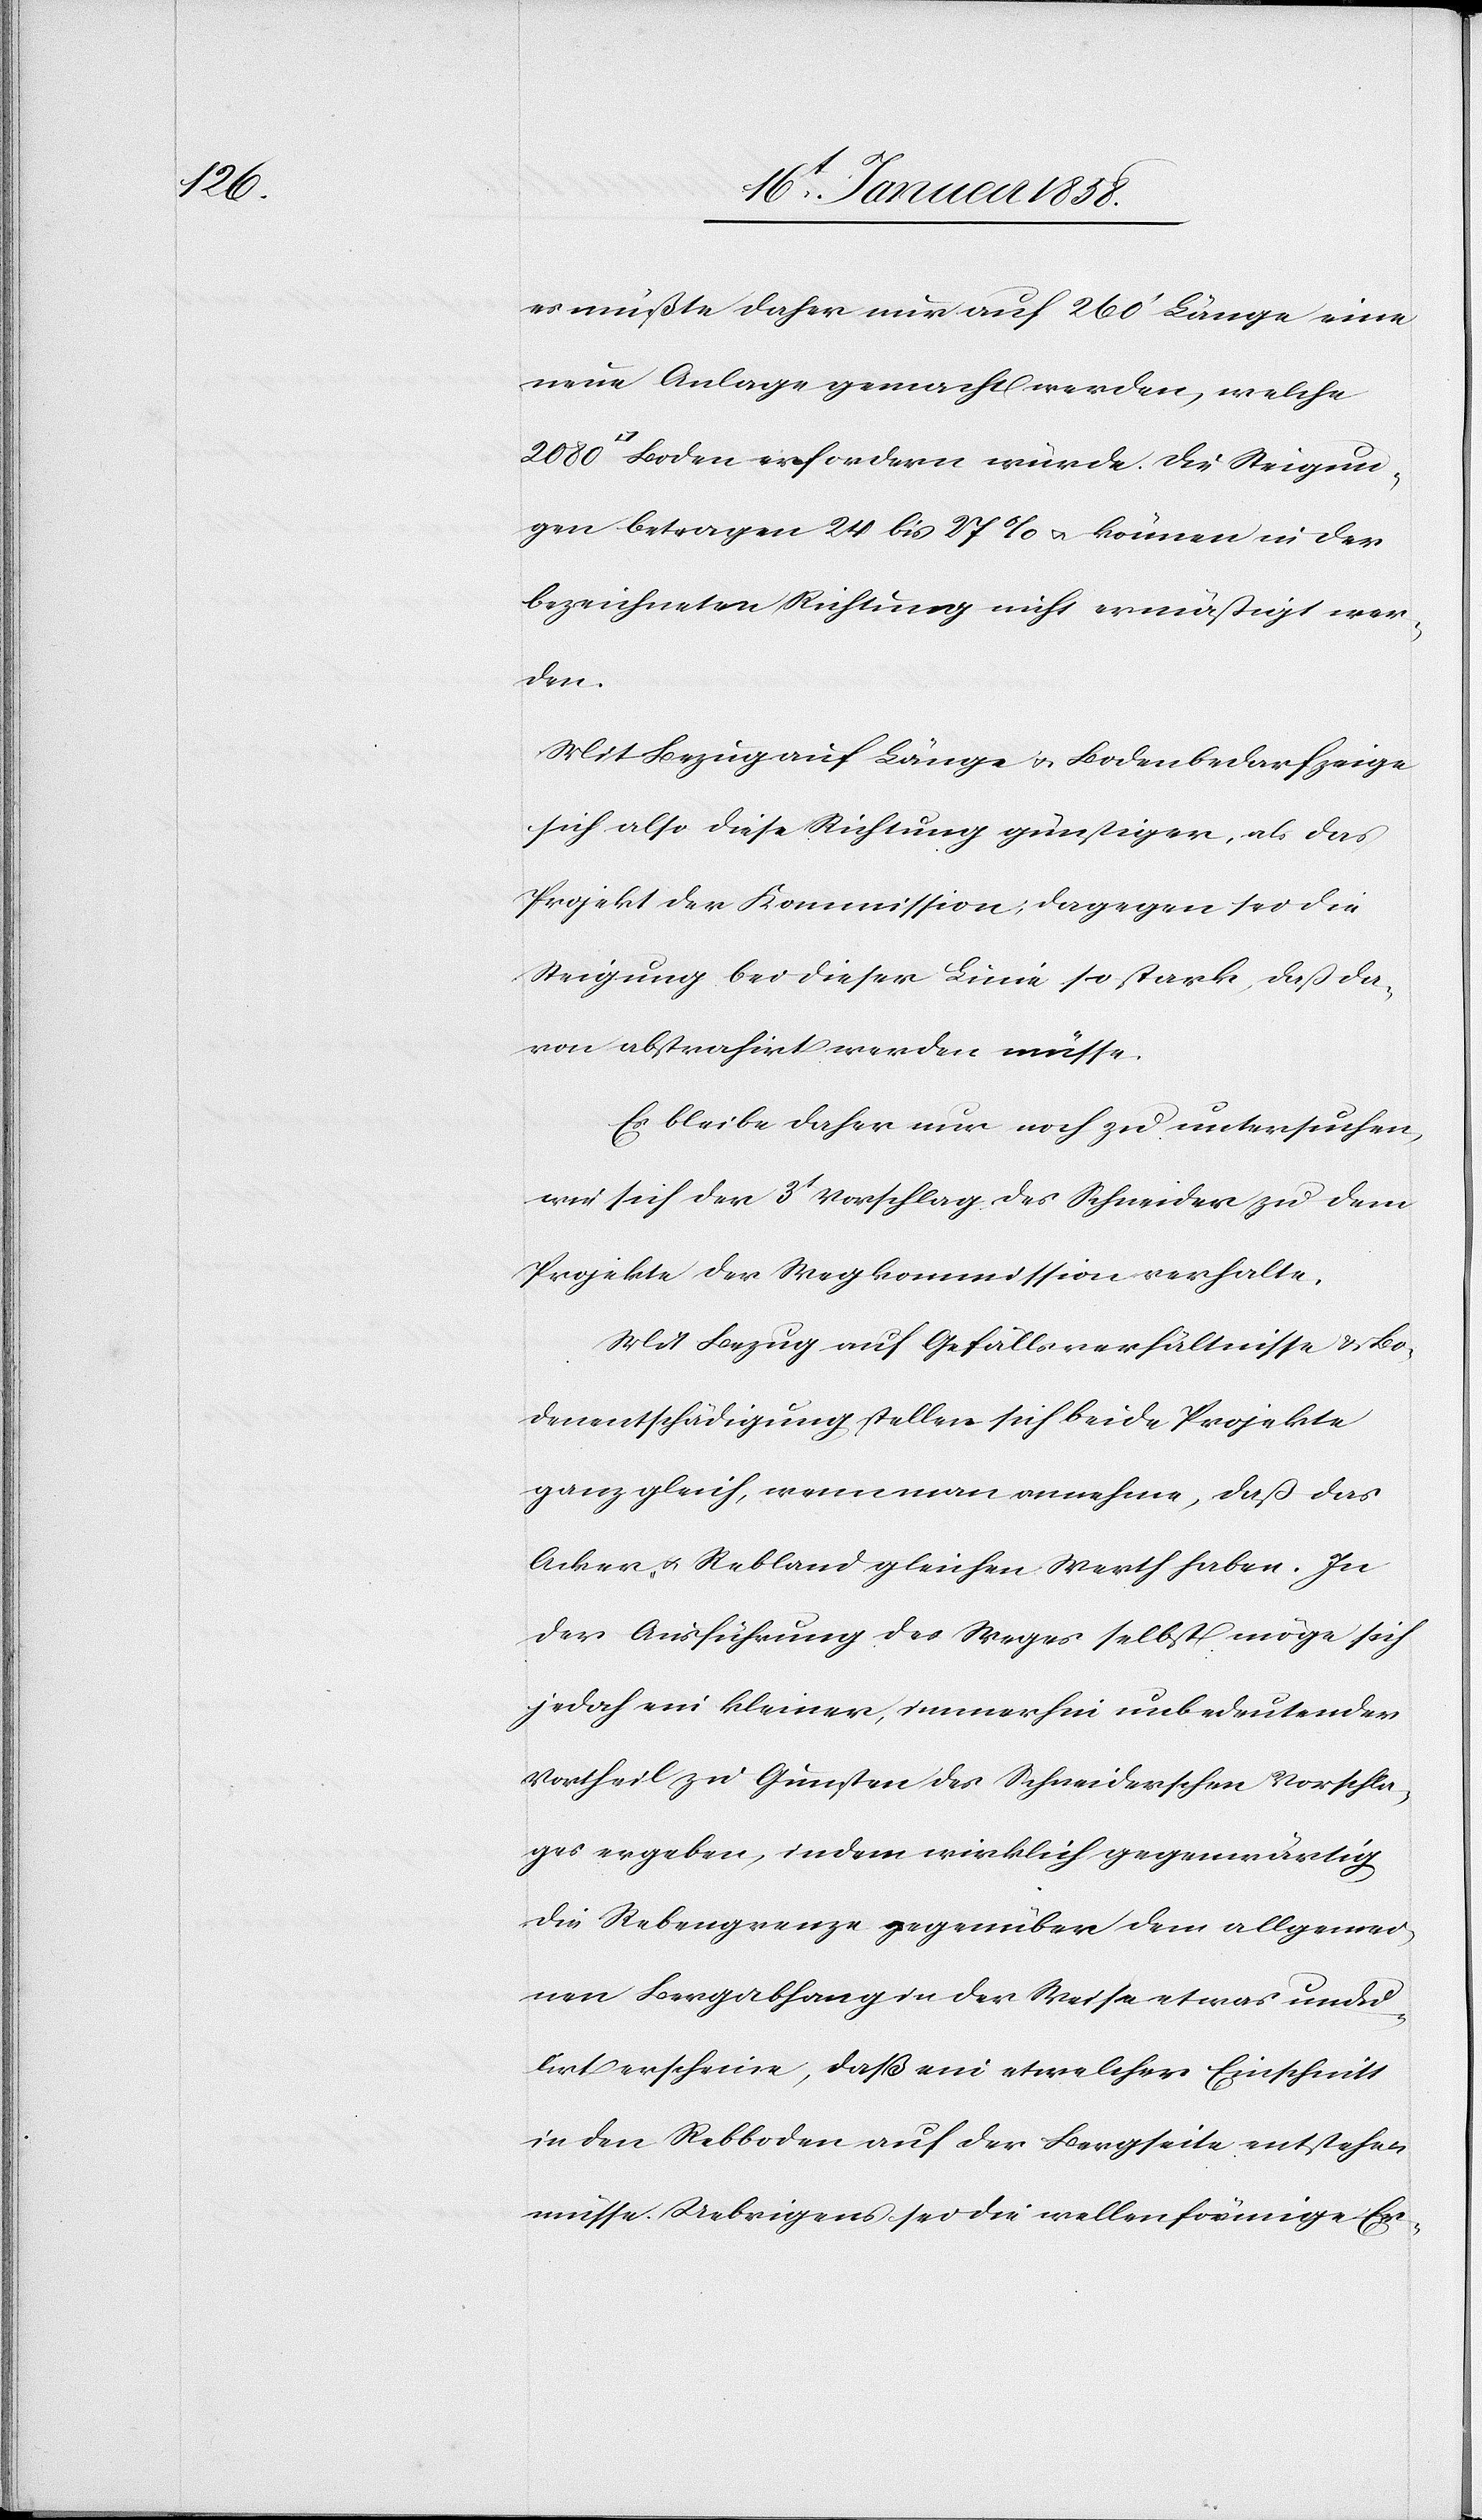
es müßte daher nur auf 260’ Länge eine
neue Anlage gemacht werden, welche
Boden erfordern würde. Die Steigun¬
gen betragen 24 bis 27 % u. können in der
bezeichneten Richtung nicht ermäßigt wer¬
den.
Mit Bezug auf Länge u. Bodenbedarf zeige
sich also diese Richtung günstiger, als das
Projekt der Kommission, dagegen sei die
Steigung bei dieser Linie so stark, daß da¬
von abstrahirt werden müsse.
Es bleibe daher nur noch zu untersuchen,
wie sich der 3t Vorschlag des Schneider zu dem
Projekte der Wegkommission verhalte.
Mit Bezug auf Gefällsverhältnisse u. Bo¬
denentschädigung stellen sich beide Projekte
ganz gleich, wenn man annehme, daß das
Acker- u. Rebland gleichen Werth haben. In
der Ausführung des Weges selbst möge sich
jedoch ein kleiner, immerhin unbedeutender
Vortheil zu Gunsten des Schneiderschen Vorschla¬
ges ergeben, indem wirklich gegenwärtig
die Rebengrenze gegenüber dem allgemei¬
nen Bergabhang in der Weise etwas undu¬
lirt erscheine, daß ein etwelcher Einschnitt
in den Rebboden auf der Bergseite entstehen
müsse. Uebrigens sei die wellenförmige Er-